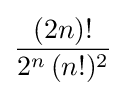
{\frac {(2n)!}{2^{n}\,(n!)^{2}}}